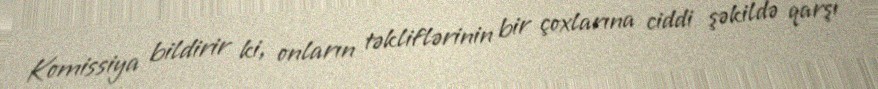
Komissiya bildirir ki, onların təkliflərinin bir çoxlarına ciddi şəkildə qarşı